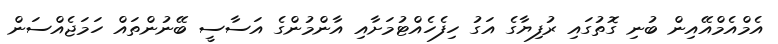
އެމްއެމްއޭއިން ބުނި ގޮތުގައި ރުފިޔާގެ އަގު ހިފެހެއްޓުމަށާއި އާންމުންގެ އަސާސީ ބޭނުންތައް ހަމަޖެއްސަން